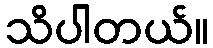
သိပါတယ်။